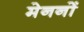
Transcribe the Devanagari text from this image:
मेननों